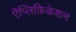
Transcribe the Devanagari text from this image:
ऐंप्लिफ़िकेशन